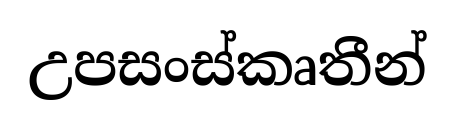
උපසංස්කෘතීන්